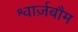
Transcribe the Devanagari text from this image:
श्वार्ज़बौम